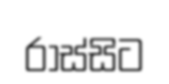
රාස්සිට